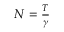
\begin{array} { r } { N = \frac { T } { \gamma } } \end{array}